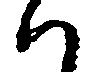
ハ